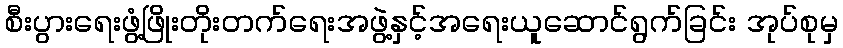
စီးပွားရေးဖွံ့ဖြိုးတိုးတက်ရေးအဖွဲ့နှင့်အရေးယူဆောင်ရွက်ခြင်း အုပ်စုမှ